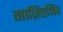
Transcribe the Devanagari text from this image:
गाज़िएमिर